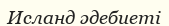
Исланд әдебиеті